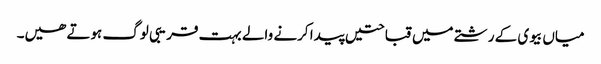
میاں بیوی کے رشتے میں قباحتیں پیدا کرنے والے بہت قریبی لوگ ہوتے ھیں۔